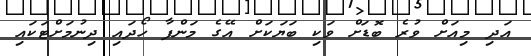
އަދި މިއަށް ވުރެ ބޮޑަށް ވަކި ބަޔަކަށް އޭގެ މަންފާ ހޯދައި ދިނުމަށްޓަކައި